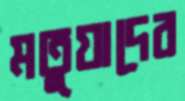
মতুয়াদের